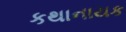
કથાનાયક